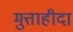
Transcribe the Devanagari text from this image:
मुत्ताहीदा